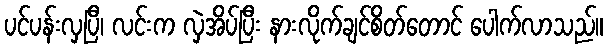
ပင်ပန်းလှပြီ၊ လင်းက လှဲအိပ်ပြီး နားလိုက်ချင်စိတ်တောင် ပေါက်လာသည်။